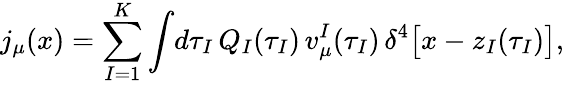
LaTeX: j_{\mu}(x)=\sum_{I=1}^{K}\int\! d\tau_{I}\, Q_{I}(\tau_{I})\, v_{\mu}^{I}(\tau_{I})\, \delta^{4}\bigl[x-z_{I}(\tau_{I})\bigr],